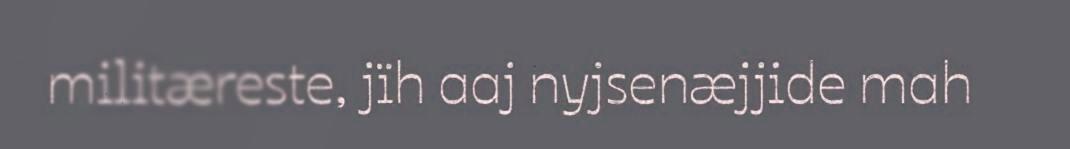
militæreste, jïh aaj nyjsenæjjide mah